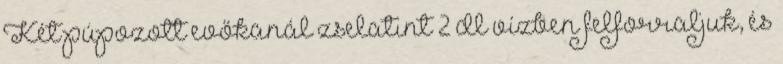
Két púpozott evőkanál zselatint 2 dl vízben felforraljuk, és